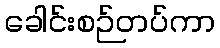
ခေါင်းစဉ်တပ်ကာ